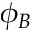
\phi _ { B }